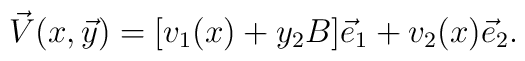
\vec{V}(x,\vec{y})=[v_{1}(x)+y_{2}B]\vec{e}_{1}+v_{2}(x)\vec{e}_{2}.